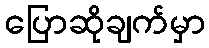
ပြောဆိုချက်မှာ